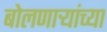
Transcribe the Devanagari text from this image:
बोलणाऱ्यांच्या